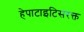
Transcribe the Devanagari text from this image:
हेपाटाइटिसरक्त